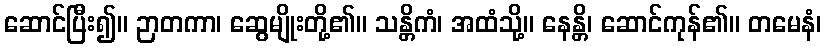
ဆောင်ပြီး၍။ ဉာတကာ၊ ဆွေမျိုးတို့၏။ သန္တိကံ၊ အထံသို့။ နေန္တိ၊ ဆောင်ကုန်၏။ တမေနံ၊